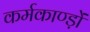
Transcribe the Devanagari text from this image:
कर्मकाण्ड़ों